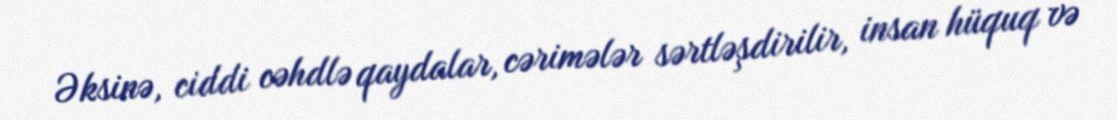
Əksinə, ciddi cəhdlə qaydalar, cərimələr sərtləşdirilir, insan hüquq və